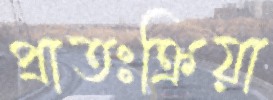
প্রাতঃক্রিয়া